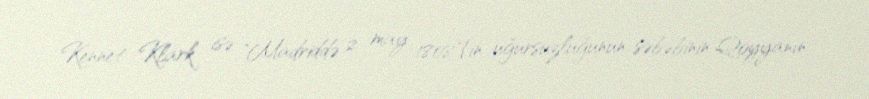
Kennet Klark isə "Madriddə 2 may 1808"{in uğursuzluğunun səbəbinin Qoyyanın